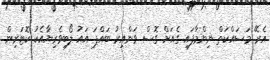
އެރޭ މަސައްކަތް ނިންމާފައި ގެއަށް ގޮސް ވަންއިރު ބައްޕަ އައު ލޯބިވެރިޔާއެކު ކޮޓަރިން